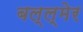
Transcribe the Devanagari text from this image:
बल्ल्मेर